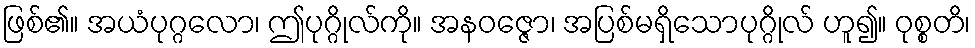
ဖြစ်၏။ အယံပုဂ္ဂလော၊ ဤပုဂ္ဂိုလ်ကို။ အနဝဇ္ဇော၊ အပြစ်မရှိသောပုဂ္ဂိုလ် ဟူ၍။ ဝုစ္စတိ၊